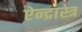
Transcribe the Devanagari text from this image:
ऐन्द्रास्त्र